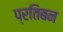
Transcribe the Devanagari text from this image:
प्रतिबन